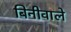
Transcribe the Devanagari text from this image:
बिनीवाले